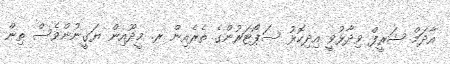
އާދަމް ޝަރީފް ވިދާޅުވީ އިދިކޮޅު ސަޕޯޓަރުންގެ ތެރެއިން ރ. މީދޫއިން ޔަގީނުންވެސް ތިން